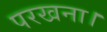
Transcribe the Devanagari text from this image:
परखना।